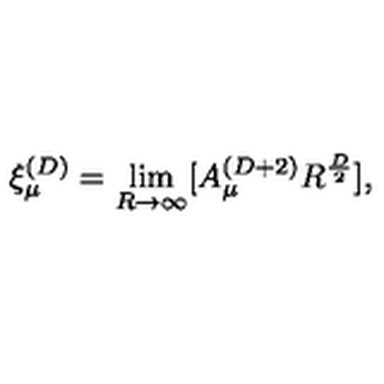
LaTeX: \xi _ { \mu } ^ { ( D ) } = \lim _ { R \rightarrow \infty } [ A _ { \mu } ^ { ( D + 2 ) } R ^ { \frac { D } { 2 } } ] ,